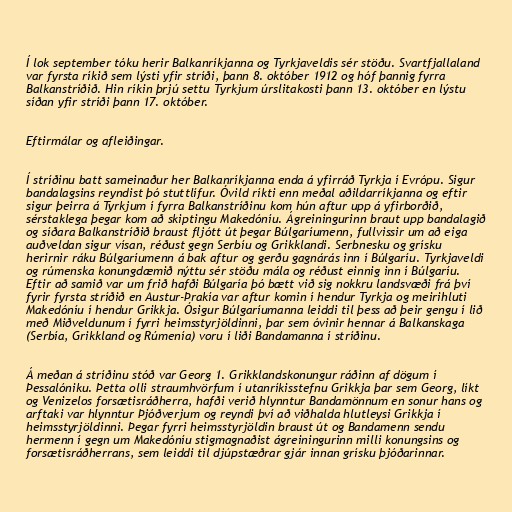
Í lok september tóku herir Balkanríkjanna og Tyrkjaveldis sér stöðu. Svartfjallaland
var fyrsta ríkið sem lýsti yfir stríði, þann 8. október 1912 og hóf þannig fyrra
Balkanstríðið. Hin ríkin þrjú settu Tyrkjum úrslitakosti þann 13. október en lýstu
síðan yfir stríði þann 17. október.

Eftirmálar og afleiðingar.

Í stríðinu batt sameinaður her Balkanríkjanna enda á yfirráð Tyrkja í Evrópu. Sigur
bandalagsins reyndist þó stuttlífur. Óvild ríkti enn meðal aðildarríkjanna og eftir
sigur þeirra á Tyrkjum í fyrra Balkanstríðinu kom hún aftur upp á yfirborðið,
sérstaklega þegar kom að skiptingu Makedóníu. Ágreiningurinn braut upp bandalagið
og síðara Balkanstríðið braust fljótt út þegar Búlgaríumenn, fullvissir um að eiga
auðveldan sigur vísan, réðust gegn Serbíu og Grikklandi. Serbnesku og grísku
herirnir ráku Búlgaríumenn á bak aftur og gerðu gagnárás inn í Búlgaríu. Tyrkjaveldi
og rúmenska konungdæmið nýttu sér stöðu mála og réðust einnig inn í Búlgaríu.
Eftir að samið var um frið hafði Búlgaría þó bætt við sig nokkru landsvæði frá því
fyrir fyrsta stríðið en Austur-Þrakía var aftur komin í hendur Tyrkja og meirihluti
Makedóníu í hendur Grikkja. Ósigur Búlgaríumanna leiddi til þess að þeir gengu í lið
með Miðveldunum í fyrri heimsstyrjöldinni, þar sem óvinir hennar á Balkanskaga
(Serbía, Grikkland og Rúmenía) voru í liði Bandamanna í stríðinu.

Á meðan á stríðinu stóð var Georg 1. Grikklandskonungur ráðinn af dögum í
Þessalóniku. Þetta olli straumhvörfum í utanríkisstefnu Grikkja þar sem Georg, líkt
og Venizelos forsætisráðherra, hafði verið hlynntur Bandamönnum en sonur hans og
arftaki var hlynntur Þjóðverjum og reyndi því að viðhalda hlutleysi Grikkja í
heimsstyrjöldinni. Þegar fyrri heimsstyrjöldin braust út og Bandamenn sendu
hermenn í gegn um Makedóníu stigmagnaðist ágreiningurinn milli konungsins og
forsætisráðherrans, sem leiddi til djúpstæðrar gjár innan grísku þjóðarinnar.